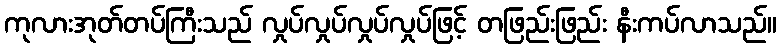
ကုလားအုတ်တပ်ကြီးသည် လှုပ်လှုပ်လှုပ်လှုပ်ဖြင့် တဖြည်းဖြည်း နီးကပ်လာသည်။